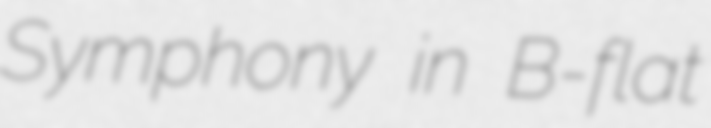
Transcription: Symphony in B-flat